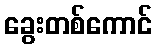
ခွေးတစ်ကောင်